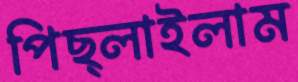
পিছ্‌লাইলাম